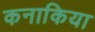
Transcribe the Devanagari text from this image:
कनाकिया